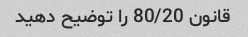
قانون 80/20 را توضیح دهید